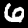
Label: 6